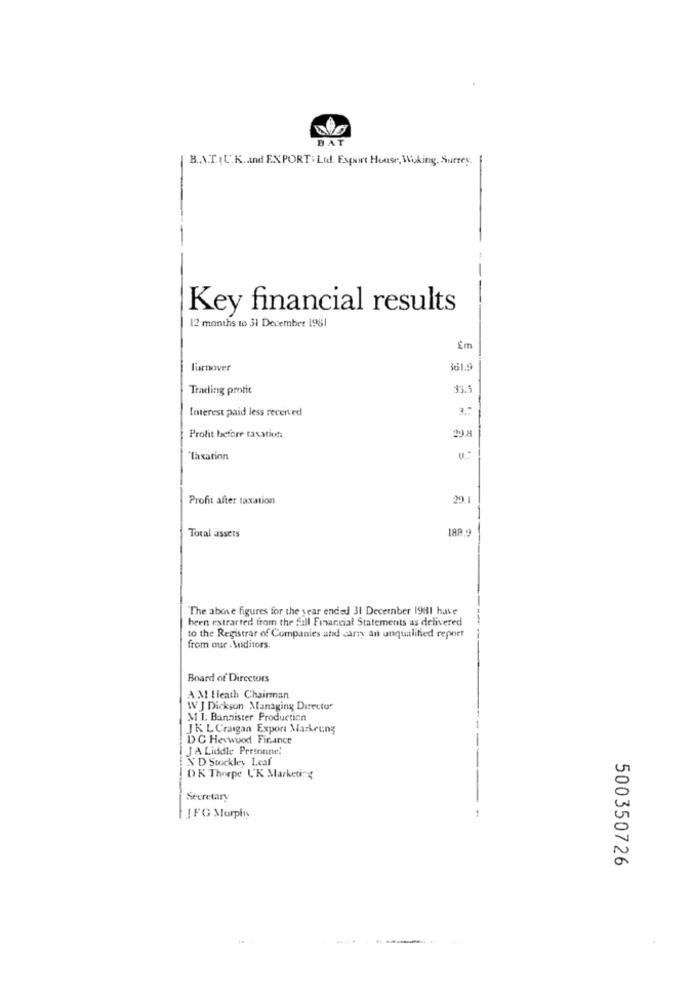
DAT
B.A.T. (U.K. and EXPORT : Led. Export House, Woking, Surrey
Key financial results
12 months to 31 December 1981
Turnover
361.9
Trading profit
33.5
Interest paid less received
3.7
Prolit before taxation
Taxation
Profit after taxation
20.
Total assets
The above figures for the year ended 31 December 1981 have
been extracted from the fall Financial Statements as delivered
to the Registrar of Companies and carry an unqualified repnet
from our Auditors.
Board of Directors
A M Heath Chairman
W J Dickson Managing Director
M L. Bannister Production
JK L Craigan Export Markeeng
DC Heywood Finance
J A Liddle Personne!
N D Stockley Leaf
DK Thorpe UK Marketing
Secretary
IFG Murphy
500350726